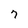
Character: 7